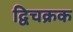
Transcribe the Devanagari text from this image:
द्विचक्रक